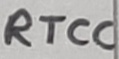
Text: RTCC